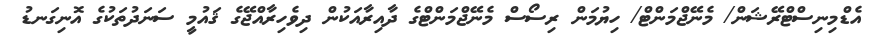
އެޑްމިނިސްޓްރޭޝަން/ މެނޭޖްމަންޓް/ ހިޔުމަން ރިސޯސް މެނޭޖްމަންޓްގެ ދާއިރާއަކުން ދިވެހިރާއްޖޭގެ ޤައުމީ ސަނަދުތަކުގެ އޮނިގަނޑު